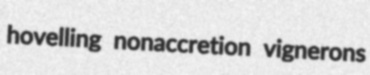
hovelling nonaccretion vignerons